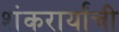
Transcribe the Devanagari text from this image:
शंकरार्यांची